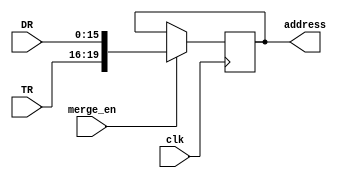
module AR(address,TR,DR,merge_en,clk);
	output reg [19:0] address;
	input merge_en,clk;
	input [15:0] DR;
	input [3:0] TR;
	always@(posedge clk)
		begin
		if(merge_en) address={TR,DR};
		end
	
endmodule